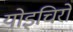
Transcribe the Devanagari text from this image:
योइचिरो